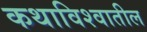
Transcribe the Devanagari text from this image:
कथाविश्वातील